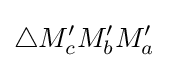
\triangle M_{c}^{\prime }M_{b}^{\prime }M_{a}^{\prime }